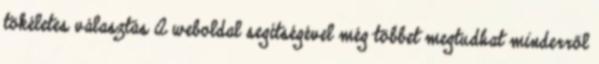
tökéletes választás A weboldal segítségével még többet megtudhat minderről